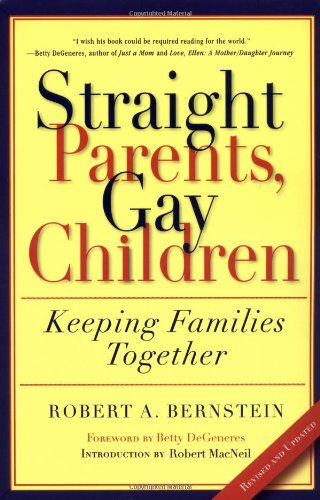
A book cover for Straight Parents, Gay Children: Keeping Families Together; Robert A. Bernstein; Gay & Lesbian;